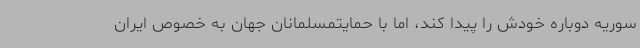
سوریه دوباره خودش را پیدا کند، اما با حمایتمسلمانان جهان به خصوص ایران